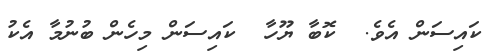
ކައިސަން އެވެ.  ކޮބާ ޔޫހާ  ކައިސަން މިހެން ބުނުމާ އެކު